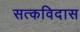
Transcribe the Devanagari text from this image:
सत्कविदास